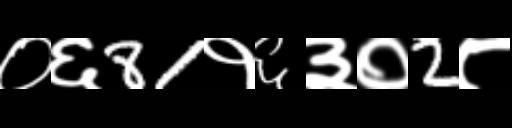
Text: ०६81१६३०2८